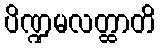
ပိဏ္ဍမလတ္ထာတိ